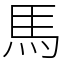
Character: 馬